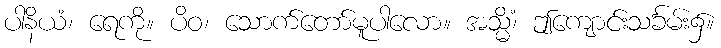
ပါနိယံ၊ ရေကို။ ပိဝ၊ သောက်တော်မူပါလော။ အသ္မိံ၊ ဤကျောင်းသင်္ခမ်း၌။